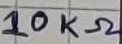
Text: 10KΩ